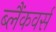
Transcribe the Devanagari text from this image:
ब्लैंकवर्स